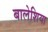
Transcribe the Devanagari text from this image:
बालेशिया